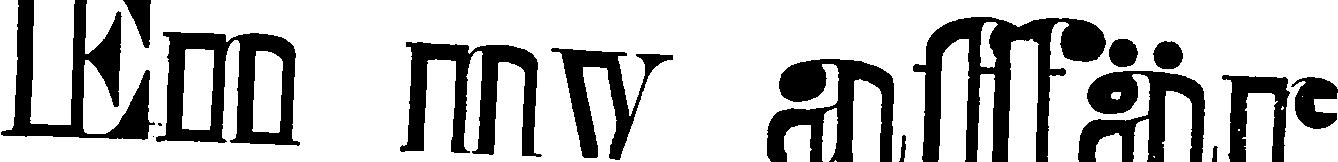
En ny affär